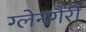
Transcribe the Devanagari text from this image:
ग्लेनगैरी